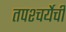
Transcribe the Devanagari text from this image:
तपश्चर्येची